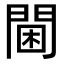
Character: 閫